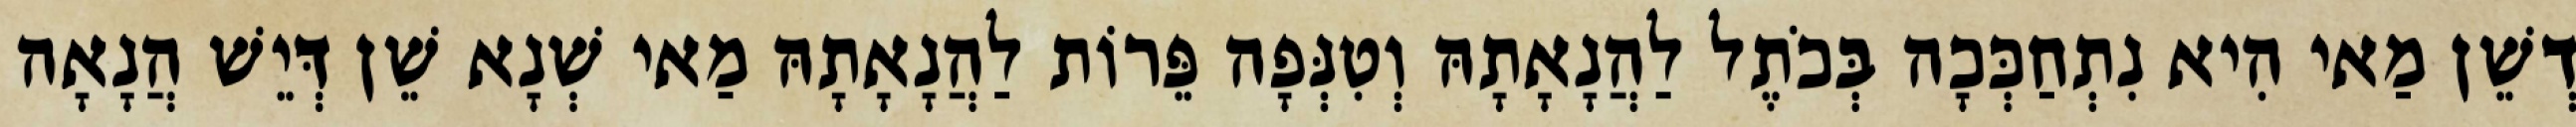
דְשֵׁן מַאי הִיא נִתְחַכְּכָה בְּכֹתֶל לַהֲנָאָתָהּ וְטִנְּפָה פֵּרוֹת לַהֲנָאָתָהּ מַאי שְׁנָא שֵׁן דְּיֵשׁ הֲנָאָה